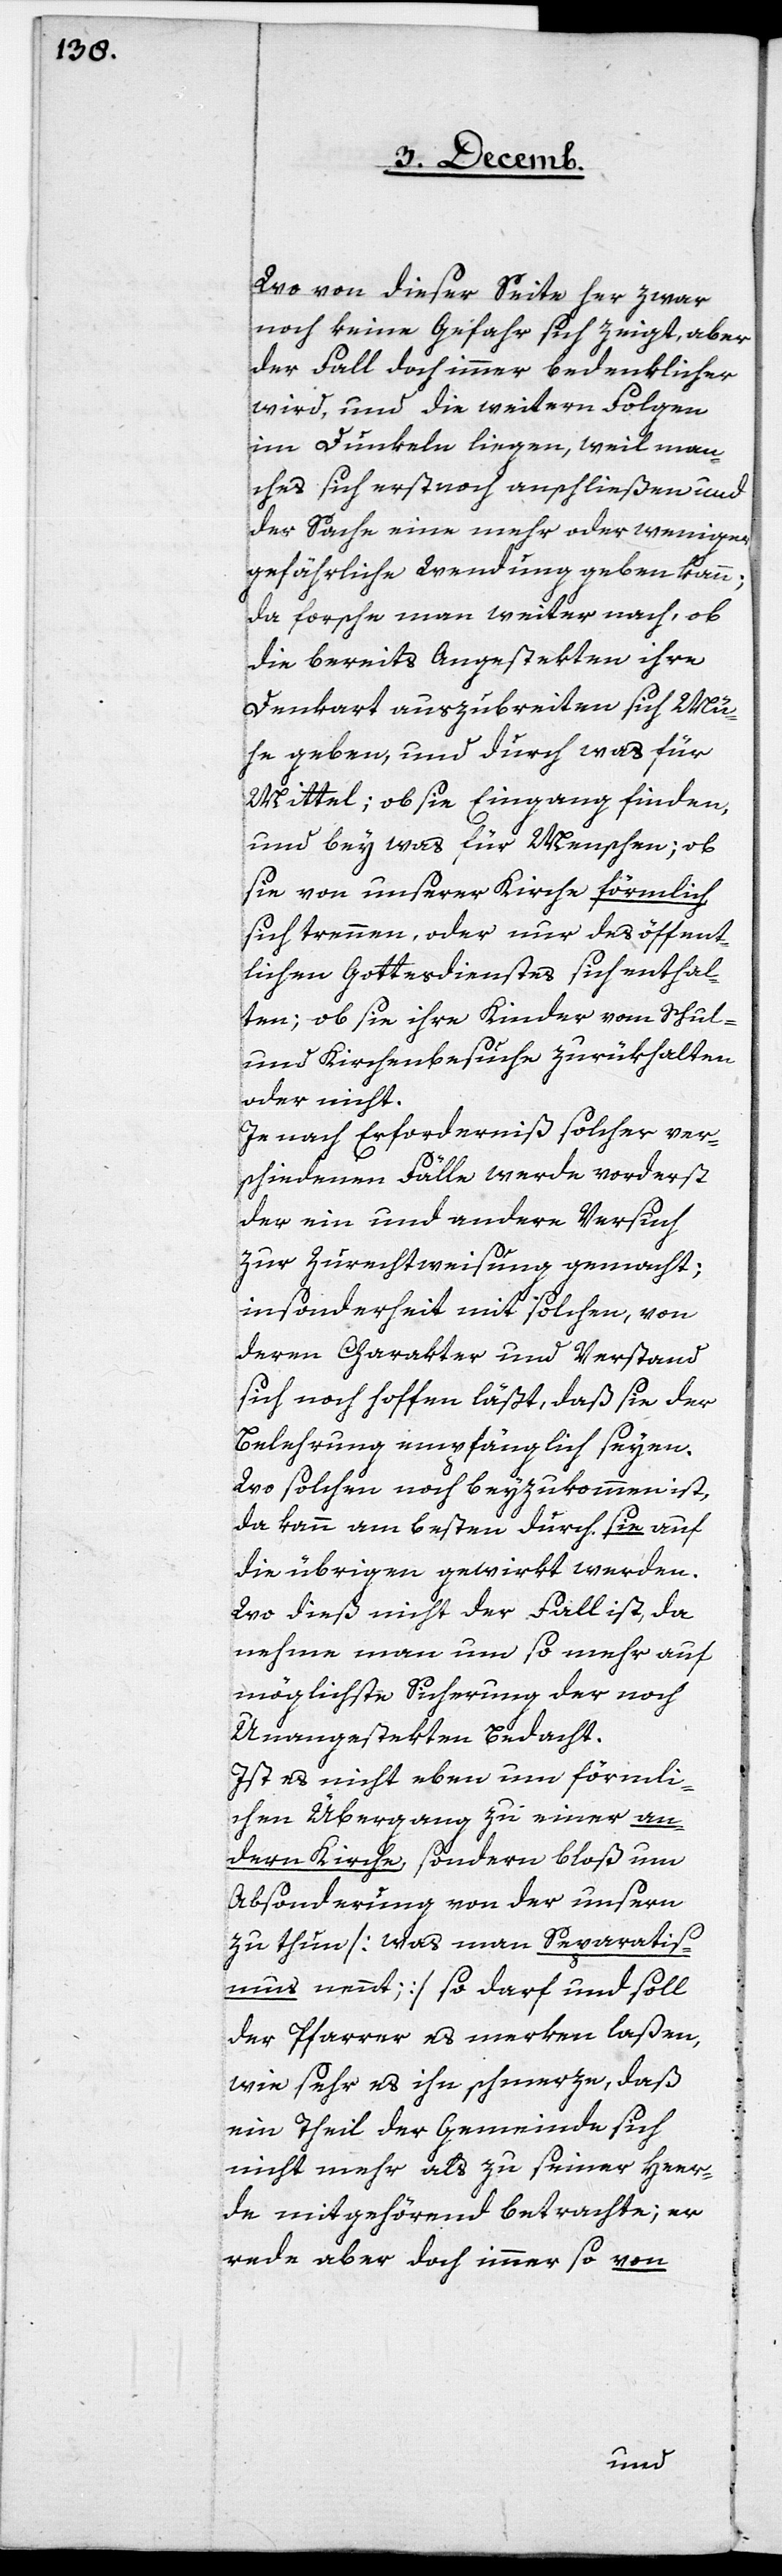
Wo von dieser Seite her zwar
noch keine Gefahr sich zeigt, aber
der Fall doch immer bedenklicher
wird, und die weitern Folgen
im Dunkeln liegen, weil man¬
ches sich erst noch anschließen und
der Sache eine mehr oder weniger
gefährliche Wendung geben kann;
da forsche man weiter nach, ob
die bereits Angestekten ihre
Denkart auszubreiten sich Mü¬
he geben, und durch was für
Mittel; ob sie Eingang finden,
und bey was für Menschen; ob
sie von unserer Kirche förmlich
sich trennen, oder nur des öffent¬
lichen Gottesdienstes sich enthal¬
ten; ob sie ihre Kinder vom Schul-
und Kirchenbesuche zurükhalten
oder nicht.
Je nach Erforderniß solcher ver¬
schiedenen Fälle werde vorderst
der ein und andere Versuch
zur Zurechtweisung gemacht;
insonderheit mit solchen, von
deren Charakter und Verstand
sich noch hoffen läßt, daß sie der
Belehrung empfänglich seyen.
Wo solchen noch beyzukommen ist,
da kann am beßten durch sie auf
die übrigen gewirkt werden.
Wo dieß nicht der Fall ist, da
nehme man um so mehr auf
möglichste Sicherung der noch
Unangestekten Bedacht.
Ist es nicht eben um förmli¬
chen Übergang zu einer an¬
dern Kirche, sondern bloß um
Absonderung von der unsern
zu thun [was man Separatis¬
mus nennt;] so darf und soll
der Pfarrer es merken laßen,
wie sehr es ihn schmerze, daß
ein Theil der Gemeinde sich
nicht mehr als zu seiner Her¬
de mitgehörend betrachte; er
rede aber doch immer so von